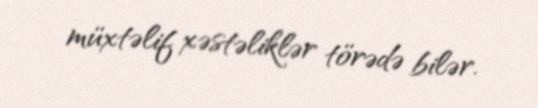
müxtəlif xəstəliklər törədə bilər.